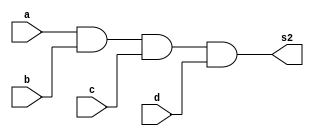
// ---------------------
// 
// Nome: Larissa Fernandes Leijoto
// ---------------------

// ---------------------
// --Provaaa
// ---------------------

  module saidas2(s2,a,b,c,d);
	input a, b,c,d;
	output s2;
	
	and AND1 (s2,a,b,c,d);
	
   endmodule

    module Teste;

	reg a,b,c,d;
	wire s2;

	saidas2 Teste (s2,a,b,c,d);

	initial begin
		 a=0; b=0; c=0; d=0;
	end

	initial begin

		#1 $display (" Larissa Fernandes Leijoto - 410476 ");
		#1 $display (" a | b | c | d | s2 ");
		$monitor   (" %b | %b | %b | %b |  %b ", a,b,c,d,s2);
		   
    #1  a=0; b=0; c=0; d=1;
    #1  a=0; b=0; c=1; d=0; 
    #1  a=0; b=0; c=1; d=1; 
    #1  a=0; b=1; c=0; d=0; 
    #1  a=0; b=1; c=0; d=1; 
    #1  a=0; b=1; c=1; d=0; 
    #1  a=0; b=1; c=1; d=1; 
    #1  a=1; b=0; c=0; d=0; 
    #1  a=1; b=0; c=0; d=1;
    #1  a=1; b=0; c=1; d=0;
    #1  a=1; b=0; c=1; d=1;
    #1  a=1; b=1; c=0; d=0;
    #1  a=1; b=1; c=0; d=1;
    #1  a=1; b=1; c=1; d=0;
    #1  a=1; b=1; c=1; d=1; 
   



	end	
     endmodule